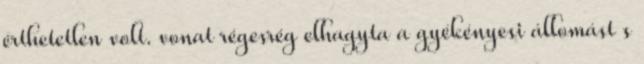
érthetetlen volt. vonat régesrég elhagyta a gyékényesi állomást s